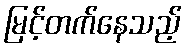
မြင့်တက်နေသည့်